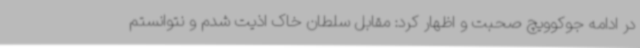
در ادامه جوکوویچ صحبت و اظهار کرد: مقابل سلطان خاک اذیت شدم و نتوانستم